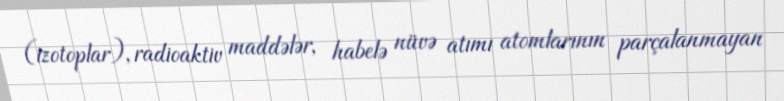
(izotoplar), radioaktiv maddələr, habelə nüvə atımı atomlarının parçalanmayan